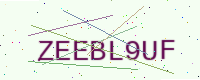
Text: ZEEBL9UF